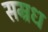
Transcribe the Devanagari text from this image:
सम्रध